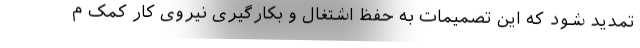
تمدید شود که این تصمیمات به حفظ اشتغال و بکارگیری نیروی کار کمک م